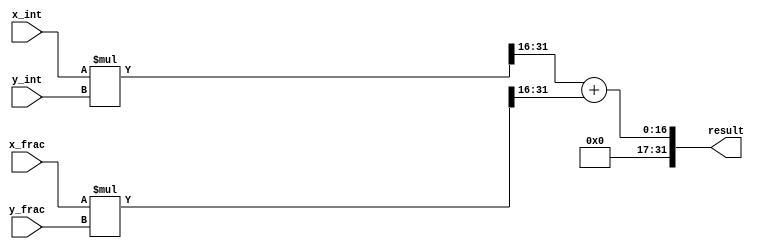
module fixed_point_multiplier (
  input wire signed [15:0] x_int,
  input wire signed [15:0] x_frac,
  input wire signed [15:0] y_int,
  input wire signed [15:0] y_frac,
  output wire signed [31:0] result
);

  wire signed [31:0] stage_result_1;
  wire signed [31:0] stage_result_2;

  // Stage 1
  assign stage_result_1 = (x_int * y_int) >> 16;

  // Stage 2
  assign stage_result_2 = (x_frac * y_frac) >> 16;

  // Accumulate stage results
  assign result = stage_result_1 + stage_result_2;

endmodule